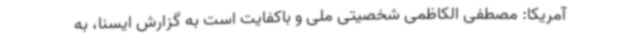
آمریکا: مصطفی الکاظمی شخصیتی ملی و باکفایت است به گزارش ایسنا، به